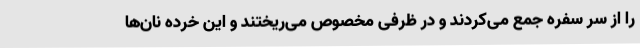
را از سر سفره جمع می‌کردند و در ظرفی مخصوص می‌ریختند و این خرده نان‌ها